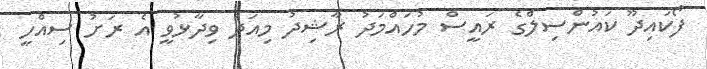
ފޯކައިދޫ ކައުންސިލްގެ ރައީސް މުހައްމަދު ރާޝިދު މިއަދު ވިދާޅުވީ އެ ރަށު ސިއްހީ